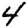
Digit: 4